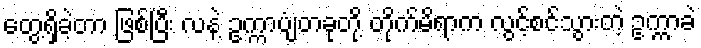
တွေ့ရှိခဲ့တာ ဖြစ်ပြီး လနဲ့ ဥက္ကာပျံတခုတို့ တိုက်မိရာက လွင့်စင်သွားတဲ့ ဥက္ကာခဲ